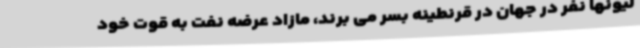
لیونها نفر در جهان در قرنطینه بسر می برند، مازاد عرضه نفت به قوت خود